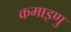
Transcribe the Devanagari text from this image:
कमाइणु